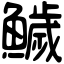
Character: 鱥